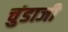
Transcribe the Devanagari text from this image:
चुंडाजी